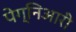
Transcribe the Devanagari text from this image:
पेग्निआरी